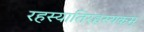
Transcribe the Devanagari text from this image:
रहस्यातिरहस्यकम्